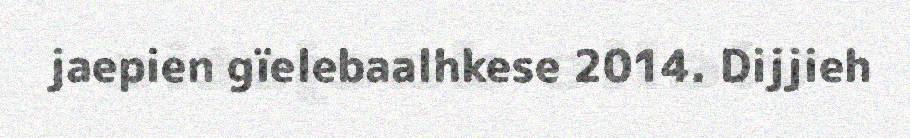
jaepien gïelebaalhkese 2014. Dijjieh